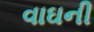
વાઘની